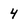
Character: 4